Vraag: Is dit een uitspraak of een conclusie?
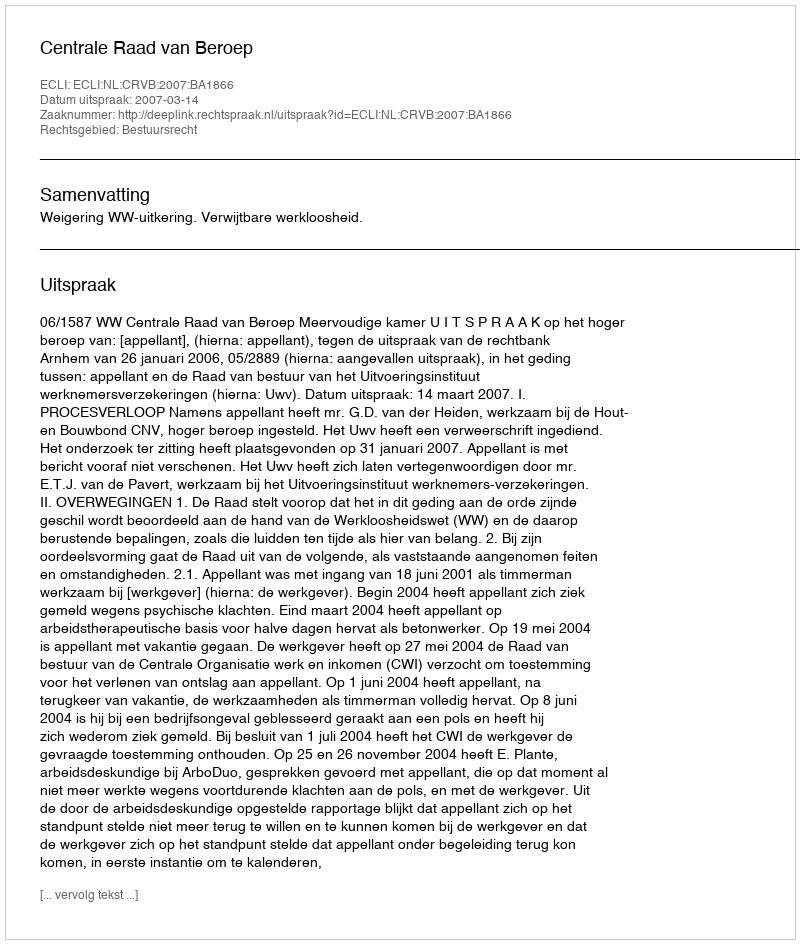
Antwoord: Uitspraak